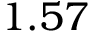
1 . 5 7